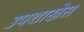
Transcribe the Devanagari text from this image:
उपशाखेस